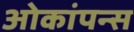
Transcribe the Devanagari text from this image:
ओकांपन्स